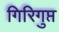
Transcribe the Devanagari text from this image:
गिरिगुप्त